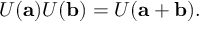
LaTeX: U ( \mathbf { a } ) U ( \mathbf { b } ) = U ( \mathbf { a + b } ) .